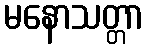
မနောသတ္တာ